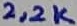
Text: 2,2K